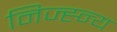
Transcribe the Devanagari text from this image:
निज्ह्न्य